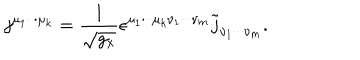
j ^ { \mu _ { 1 } \cdot \cdot \cdot \mu _ { k } } = \frac 1 { \sqrt { g _ { x } } } \epsilon ^ { \mu _ { 1 } \cdot \cdot \cdot \mu _ { k } \nu _ { 1 } \cdot \cdot \cdot \nu _ { m } } \tilde { j } _ { \nu _ { 1 } \cdot \cdot \cdot \nu _ { m } } .